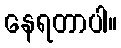
နေရတာပါ။